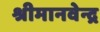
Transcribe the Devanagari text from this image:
श्रीमानवेन्द्र